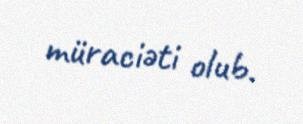
müraciəti olub.